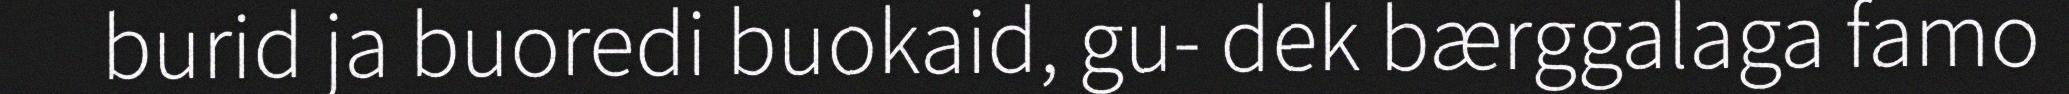
burid ja buoredi buokaid, gu- dek bærggalaga famo